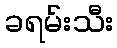
ခရမ်းသီး